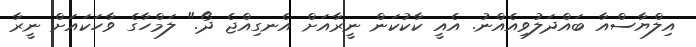
އިލްޔާސްއާ ބައްދަލުވިއެއްނު. އެއީ ކާކުކަން ނީރާއަށް އެނގިއްޖެ ދޯ." ލަމްހާގެ ވާހަކައަށް ނީރާ